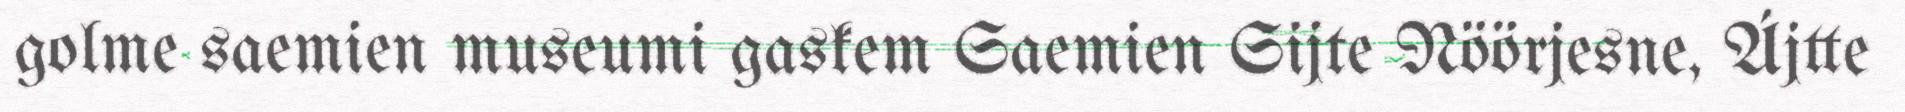
golme saemien museumi gaskem Saemien Sijte Nöörjesne, Ájtte